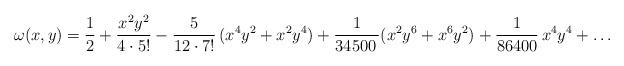
LaTeX: \begin{align*}\omega (x,y)= \frac{1}{2} + \frac{x^{2}y^{2}}{4\cdot5!} -\frac{5}{12\cdot7!}\,(x^{4}y^{2} +x^{2}y^{4}) + \frac{1}{34500\,}(x^{2}y^{6} + x^{6}y^{2}) +\frac{1}{86400}\,x^{4}y^{4} + \ldots\end{align*}